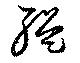
醞